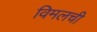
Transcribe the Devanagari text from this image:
विमलची